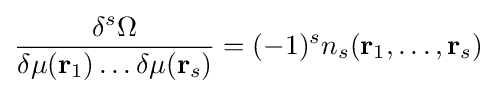
{\frac {\delta ^{s}\Omega }{\delta \mu (\mathbf {r} _{1})\dots \delta \mu (\mathbf {r} _{s})}}=(-1)^{s}n_{s}(\mathbf {r} _{1},\dots ,\mathbf {r} _{s})